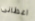
اعطانى